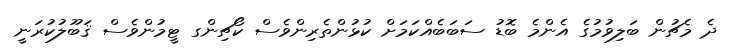
ދެ މެޗުން ބަލިވުމުގެ އެންމެ ބޮޑު ސަބަބެއްކަމަށް ކުޅުންތެރިންވެސް ކޯޗިންގ ޓީމުންވެސް ޤަބޫލުކުރަނީ